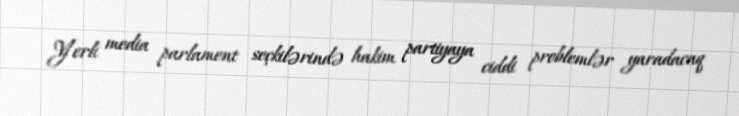
Yerli media parlament seçkilərində hakim partiyaya ciddi problemlər yaradacaq